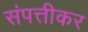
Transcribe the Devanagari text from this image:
संपत्तीकर